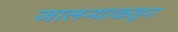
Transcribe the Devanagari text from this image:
जालन्याकडून